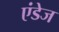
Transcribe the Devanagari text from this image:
एंडेज